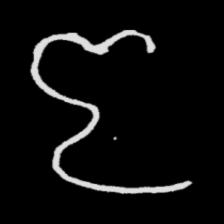
Pyu character \u2014 Myanmar letter: ဇ (romanized: ja)